Lunatic asylums Punjab 1895-1910 - 1895-1910
Year: 1895
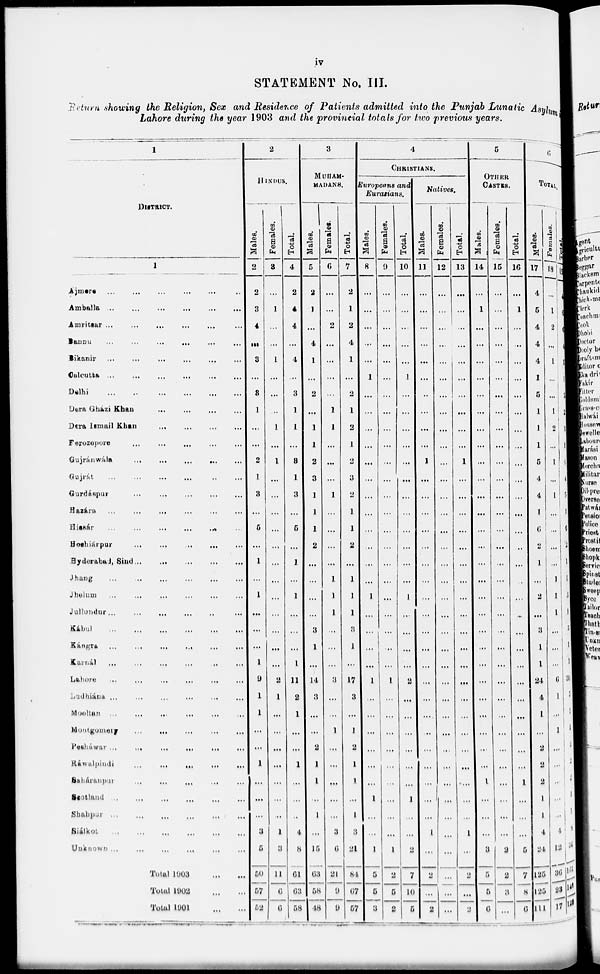
iv
STATEMENT No. III.
Return showing the Religion, Sex and Residence of Patients admitted into the Punjab Lunatic Asylum
Lahore during the year 1903 and the provincial totals for two previous years.
1
DISTRICT.
1
Ajmere ... ... ... ... ... ...
Amballa ...
...
...
...
...
...
Amritsar
...
...
...
...
...
...
Banuu
...
...
...
...
...
...
Bikanir ...
...
...
...
... ...
Calcutta
...
...
...
...
...
...
Delhi
...
...
...
...
...
...
Dera Gházi Khan
...
...
...
...
Dera Ismail Khan
...
...
...
...
Ferozepore
...
...
...
...
...
Gujránwála
...
...
...
...
...
Gujrát
...
...
...
...
...
...
Gurdáspur
...
...
...
...
...
Hazára
...
...
...
...
...
Hissár
...
...
...
...
...
Hoshiárpur
...
...
...
...
...
Hyderabad, Sind
...
...
...
...
...
Jhang
...
...
...
...
...
...
Jhelum ... ... ... ... ... ...
Jallundur
...
...
...
...
...
...
Kábul
...
...
...
...
...
...
Kángra
...
...
...
...
...
...
Karnál
...
...
...
...
...
...
Lahore
...
...
...
...
...
...
Ludhiána
...
...
...
...
...
...
Mooltan
...
...
...
...
...
...
Montgomery
...
...
...
...
...
...
Pesháwar
...
...
...
...
...
...
Ráwalpindi
...
...
...
...
...
...
Saháranpur
...
...
...
...
...
...
Scotland
...
...
...
...
...
...
Shahpur
...
...
...
...
...
...
Siálkot
...
...
...
...
...
...
Unknown
...
...
...
...
...
...
Total 1903
...
...
Total 1902
...
...
Total 1901
...
...
2
HINDUS.
Males.
2
2
3
4
...
3
...
3
1
...
...
2
1
3
...
6
...
1
...
1
...
...
...
1
9
1
1
...
...
1
...
...
...
3
6
50
57
52
Females.
3
...
1
...
...
1
...
...
...
1
...
1
...
...
...
...
...
...
...
...
...
...
...
...
2
1
...
...
...
...
...
...
...
1
3
11
0
0
Total.
4
2
4
4
...
4
...
3
1
1
...
3
1
3
...
5
...
1
...
1
...
...
...
1
11
2
1
...
...
1
...
...
...
4
8
61
63
58
3
MUHAM-
MADANS.
Males.
5
2
1
...
4
1
...
2
...
1
1
2
3
1
1
1
2
...
...
...
...
3
1
...
14
3
...
...
2
1
1
...
1
...
15
63
58
48
Females.
6
...
...
2
...
...
...
...
1
1
...
...
...
1
...
...
...
...
1
1
1
...
...
...
3
...
...
1
...
...
...
...
...
3
6
21
9
9
Total.
7
2
1
2
4
1
...
2
1
2
1
2
3
2
1
1
2
...
1
1
1
3
1
...
17
3
...
1
2
1
1
...
1
3
21
84
67
57
4
CHRISTIANS.
Europeans and
Eurasians.
Males.
8
...
...
...
...
...
1
...
...
...
...
...
...
...
...
...
...
....
...
1
...
...
...
...
1
...
...
...
...
....
...
1
...
...
1
5
5
3
Females.
9
...
...
...
...
...
...
...
...
...
...
...
...
...
...
...
...
...
...
...
...
...
...
...
1
...
...
...
...
...
...
...
...
1
2
5
2
Total.
10
...
...
...
...
...
1
...
...
...
...
...
...
...
...
...
...
...
...
1
...
...
...
...
2
...
...
...
...
...
...
1
...
...
2
7
10
5
Natives.
Males.
11
...
...
...
...
...
...
..
...
...
...
1
...
...
...
...
...
...
...
...
...
...
...
...
...
...
...
...
...
...
...
...
...
1
...
2
...
2
Females.
12
...
...
...
...
...
...
...
...
...
...
...
...
...
...
...
...
...
...
...
...
...
...
...
...
...
...
...
...
...
...
...
...
...
...
...
...
...
Total.
13
...
...
...
...
...
....
...
...
...
...
1
...
...
...
...
...
...
...
...
...
...
...
...
...
...
...
...
...
...
...
...
...
1
...
2
...
2
5
OTHER
CASTES.
Males.
14
1
...
...
...
...
...
...
...
...
...
...
...
...
...
...
...
...
...
...
...
...
...
...
...
...
...
...
...
...
...
...
...
3
5
5
6
Females.
15
...
...
...
...
...
...
...
...
...
...
...
...
...
...
...
...
...
...
...
...
...
...
...
...
...
...
...
...
...
...
...
...
...
2
2
3
...
Total.
16
...
1
...
...
...
...
...
...
...
...
...
...
...
...
...
...
...
..
...
...
...
...
...
...
...
...
...
...
...
1
...
...
...
5
7
8
6
6
TOTAL
Males.
17
4
5
4
4
4
1
5
1
1
1
5
4
4
1
6
2
1
...
2
...
3
1
1
24
4
1
...
2
2
2
1
1
4
24
125
125
111
Females.
18
...
1
2
...
1
...
...
1
2
...
1
...
1
...
...
...
...
1
1
1
...
...
...
6
1
...
1
...
...
...
...
...
4
12
36
23
17
Total.
19
4
6
6
4
5
1
5
2
3
1
6
4
5
1
6
2
1
1
3
1
3
1
1
30
5
...
1
2
2
2
1
1
8
36
161
140
128